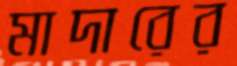
মাদারের